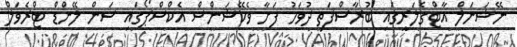
ނޭޝަނަލް އާޓްގެލަރީގައި ބުރާސްފަތި ދުވަހު ފަށާ ވެކޭޝަންސް އެކްސްޕޯގައި ސަން ލޭންޑް ޓްރެވަލް